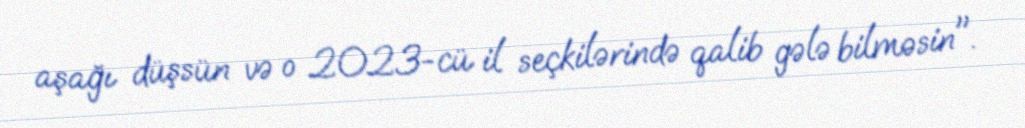
aşağı düşsün və o 2023-cü il seçkilərində qalib gələ bilməsin".